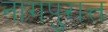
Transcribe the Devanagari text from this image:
नागपुरात्त